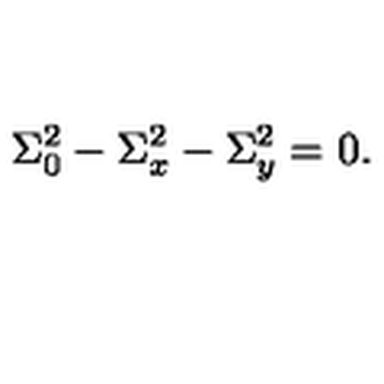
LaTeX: \Sigma _ { 0 } ^ { 2 } - \Sigma _ { x } ^ { 2 } - \Sigma _ { y } ^ { 2 } = 0 .